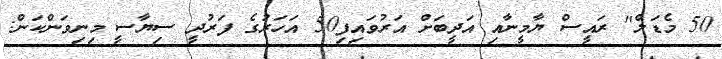
50 މެޑަލް" ރައީސް ޔާމީނާއި އަދީބަށް އަރުވައިފި50 އަހަރުގެ ފަރުދީ ސިޔާސީ މިނިވަންކަން: